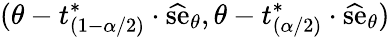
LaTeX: (\theta-t_{(1-\alpha/2)}^{*}\cdot{\widehat{\mathrm{se}}}_{\theta},\theta-t_{(\alpha/2)}^{*}\cdot{\widehat{\mathrm{se}}}_{\theta})